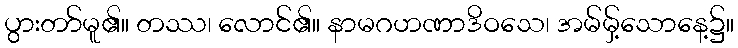
ပွားတာ်မူ၏။ တဿ၊ လောင်၏။ နာမဂဟဏာဒိဝသေ၊ အမ်မှ့်သောနေ့၌။